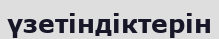
үзетіндіктерін